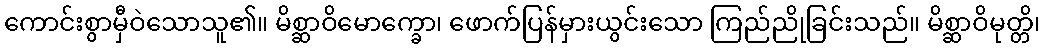
ကောင်းစွာမှီဝဲသောသူ၏။ မိစ္ဆာဝိမောက္ခော၊ ဖောက်ပြန်မှားယွင်းသော ကြည်ညိုခြင်းသည်။ မိစ္ဆာဝိမုတ္တိ၊